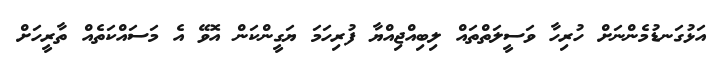
އަޅުގަނޑުމެންނަށް ހުރިހާ ވަސީލަތްތައް ލިބިއްޖިއްޔާ ފުރިހަމަ ޔަގީންކަން އޮވޭ އެ މަސައްކަތެއް ތާރީހަށް